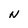
Character: N